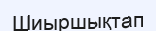
Шиыршықтап